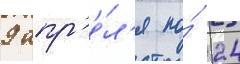
9 апр'е́л'я по́ 24